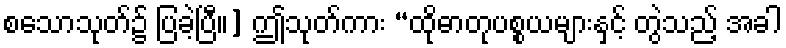
စသောသုတ်၌ ပြခဲ့ပြီ။] ဤသုတ်ကား “ထိုဓာတုပစ္စယများနှင့် တွဲသည့် အခါ